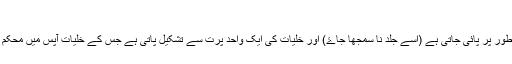
ظہارہ نسیج [ترمیم]
یہ حیوانات کے جسم کی سب سے اندرونی یا سب سے بیرونی سطح یا تہہ کے طور پر پائی جاتی ہے (اسے جلد نا سمجھا جاۓ) اور خلیات کی ایک واحد پرت سے تشکیل پاتی ہے جس کے خلیات آپس میں محکم مواصل (tight junctions) کے زریعے ایک دوسرے سے پیوست ہوتے ہیں۔